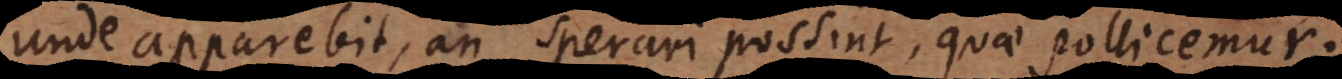
unde apparebit, an sperari possint, quae pollicemur.